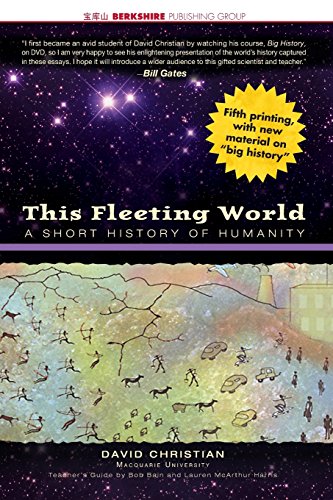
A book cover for This Fleeting World: A Short History of Humanity; David Christian; History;